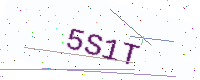
Text: 5S1T